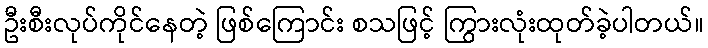
ဦးစီးလုပ်ကိုင်နေတဲ့ ဖြစ်ကြောင်း စသဖြင့် ကြွားလုံးထုတ်ခဲ့ပါတယ်။